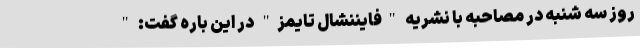
روز سه شنبه در مصاحبه با نشریه "فایننشال تایمز" در این باره گفت: "